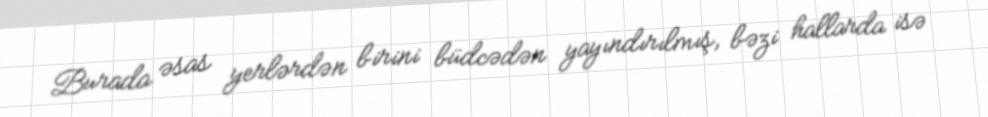
Burada əsas yerlərdən birini büdcədən yayındırılmış, bəzi hallarda isə